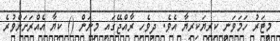
މީޓަރު ހަމަވަނީ ކިރިޔަކިރިޔާ އެވެ. ދިވެހި ރާއްޖޭގައި މިނަން () ކިޔާ އެއްރަށަށްވުރެ